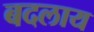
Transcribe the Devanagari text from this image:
बदलाय